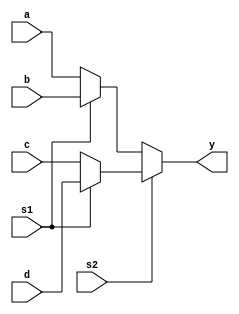
`timescale 1ns / 1ps
//////////////////////////////////////////////////////////////////////////////////
// Company: 
// Engineer: 
// 
// Design Name: 
// Module Name: mux_cont
// Project Name: 
// Target Devices: 
// Tool Versions: 
// Description: 
// 
// Dependencies: 
// 
// Revision:
// Revision 0.01 - File Created
// Additional Comments:
// 
//////////////////////////////////////////////////////////////////////////////////


module mux_cont(
    input [3:0] a,
    input [3:0] b,
    input [3:0] c,
    input [3:0] d,
    input s1,
    input s2,
    output [3:0] y
    );
    assign y = (s2)?(s1?d:c):(s1?b:a);
endmodule